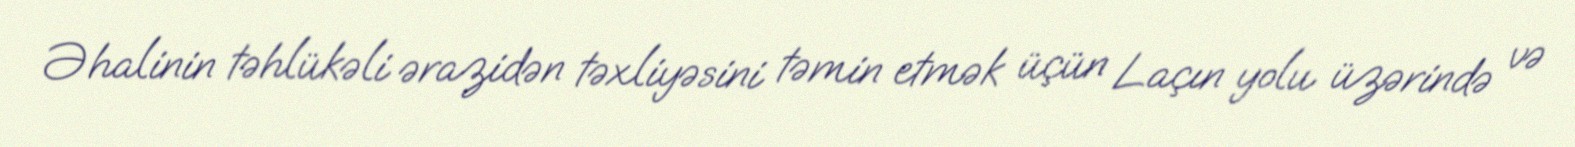
Əhalinin təhlükəli ərazidən təxliyəsini təmin etmək üçün Laçın yolu üzərində və